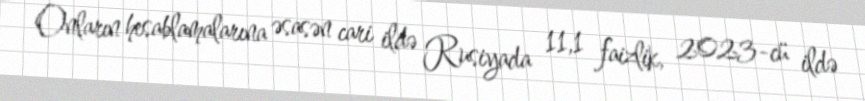
Onların hesablamalarına əsasən cari ildə Rusiyada 11,1 faizlik, 2023-cü ildə